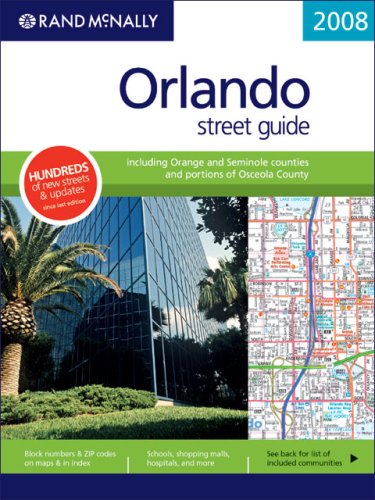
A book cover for Orlando Street Guide: Including Orange and Seminole Counties and Portions of Osceola County (Rand McNally Orlando Street Guide: Including Orange & Seminole); Rand Mcnally; Travel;